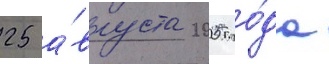
25 а́вгуста 2005 го́да